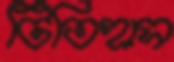
টিতিহাস